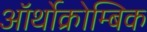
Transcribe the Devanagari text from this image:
ऑर्थोक्रोम्बिक